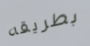
بطريقه